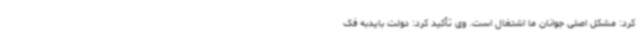
کرد: مشکل اصلی جوانان ما اشتغال است. وی تأکید کرد: دولت بایدبه فک